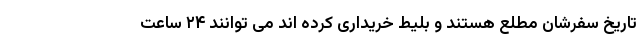
تاریخ سفرشان مطلع هستند و بلیط خریداری کرده اند می توانند ۲۴ ساعت